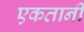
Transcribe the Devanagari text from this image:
एकतानी